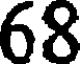
68